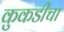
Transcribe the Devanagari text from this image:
कुकडीचा